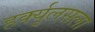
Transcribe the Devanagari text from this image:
हर्क्युलसला